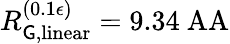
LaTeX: R_{\mathsf{G},\mathrm{{linear}}}^{(0.1\epsilon)}=9.34\mathrm{{\ AA}}